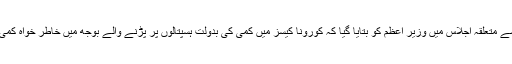
کورونا وائرس سے متعلقہ اجلاس میں وزیرِ اعظم کو بتایا گیا کہ کورونا کیسز میں کمی کی بدولت ہسپتالوں پر پڑنے والے بوجھ میں خاطر خواہ کمی سامنے آئی ہے۔